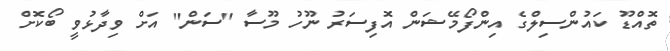
ތޮއްޑޫ ކައުންސިލްގެ އިންފޯމޭޝަން އޮފިސަރު ނޫހު މޫސާ "ސަން" އަށް ވިދާޅުވީ ބޯކޮށް